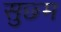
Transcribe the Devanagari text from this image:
सुछ्म